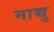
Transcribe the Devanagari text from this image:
माच्चु